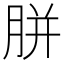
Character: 胼